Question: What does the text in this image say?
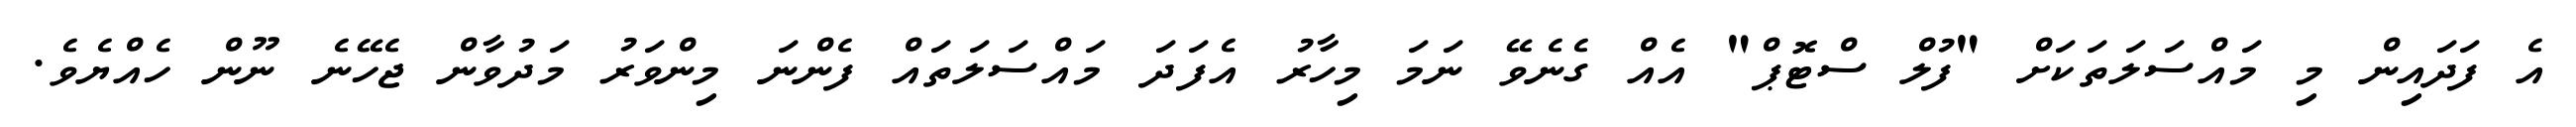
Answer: އެ ފަދައިން މި މައްސަލަތަކަށް "ފުލް ސްޓޮޕް" އެއް ގެނެވޭ ނަމަ މިހާރު އެފަދަ މައްސަލަތައް ފެންނަ މިންވަރު މަދުވާން ޖެހޭނެ ނޫން ހެއްޔެވެ.